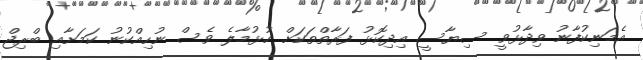
އެމަނިކުފާނު ވިދާޅުވީ ސިޔާސީ އިދިކޮޅު ފަރާތްތަކަށް ހުޅުމާލެ ވެސް ނުހިއްކުނު ކަމަށާއި ބްރިޖް